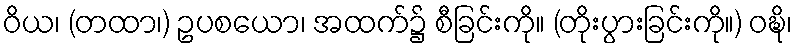
ဝိယ၊ (တထာ၊) ဥပစယော၊ အထက်၌ စီခြင်းကို။ (တိုးပွားခြင်းကို။) ဝဍ္ဎိ၊